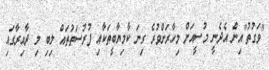
"ވަގުތު"އިން އެދެނީ މުސީއަށް މިހާރަށްވުރެ ގިނަ ކާމިޔާބީތަކާއި ފުރުސަތުތައް ލިބި މި ދާއިރާގައި